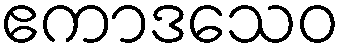
ဧကာဒသေဝ